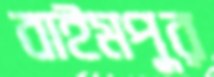
বাইমপুর